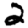
Digit: 2